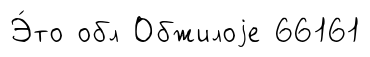
Э́то обл Обжилоjе 66161